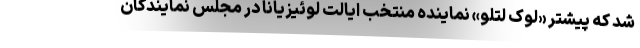
شد که پیشتر «لوک لتلو» نماینده منتخب ایالت لوئیزیانا در مجلس نمایندگان